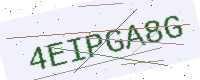
Text: 4EIPGA8G